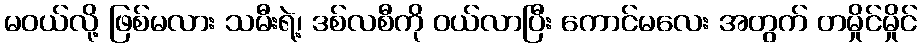
မဝယ်လို့ ဖြစ်မလား သမီးရဲ့၊ ဒစ်လစီကို ဝယ်လာပြီး ကောင်မလေး အတွက် တမှိုင်မှိုင်